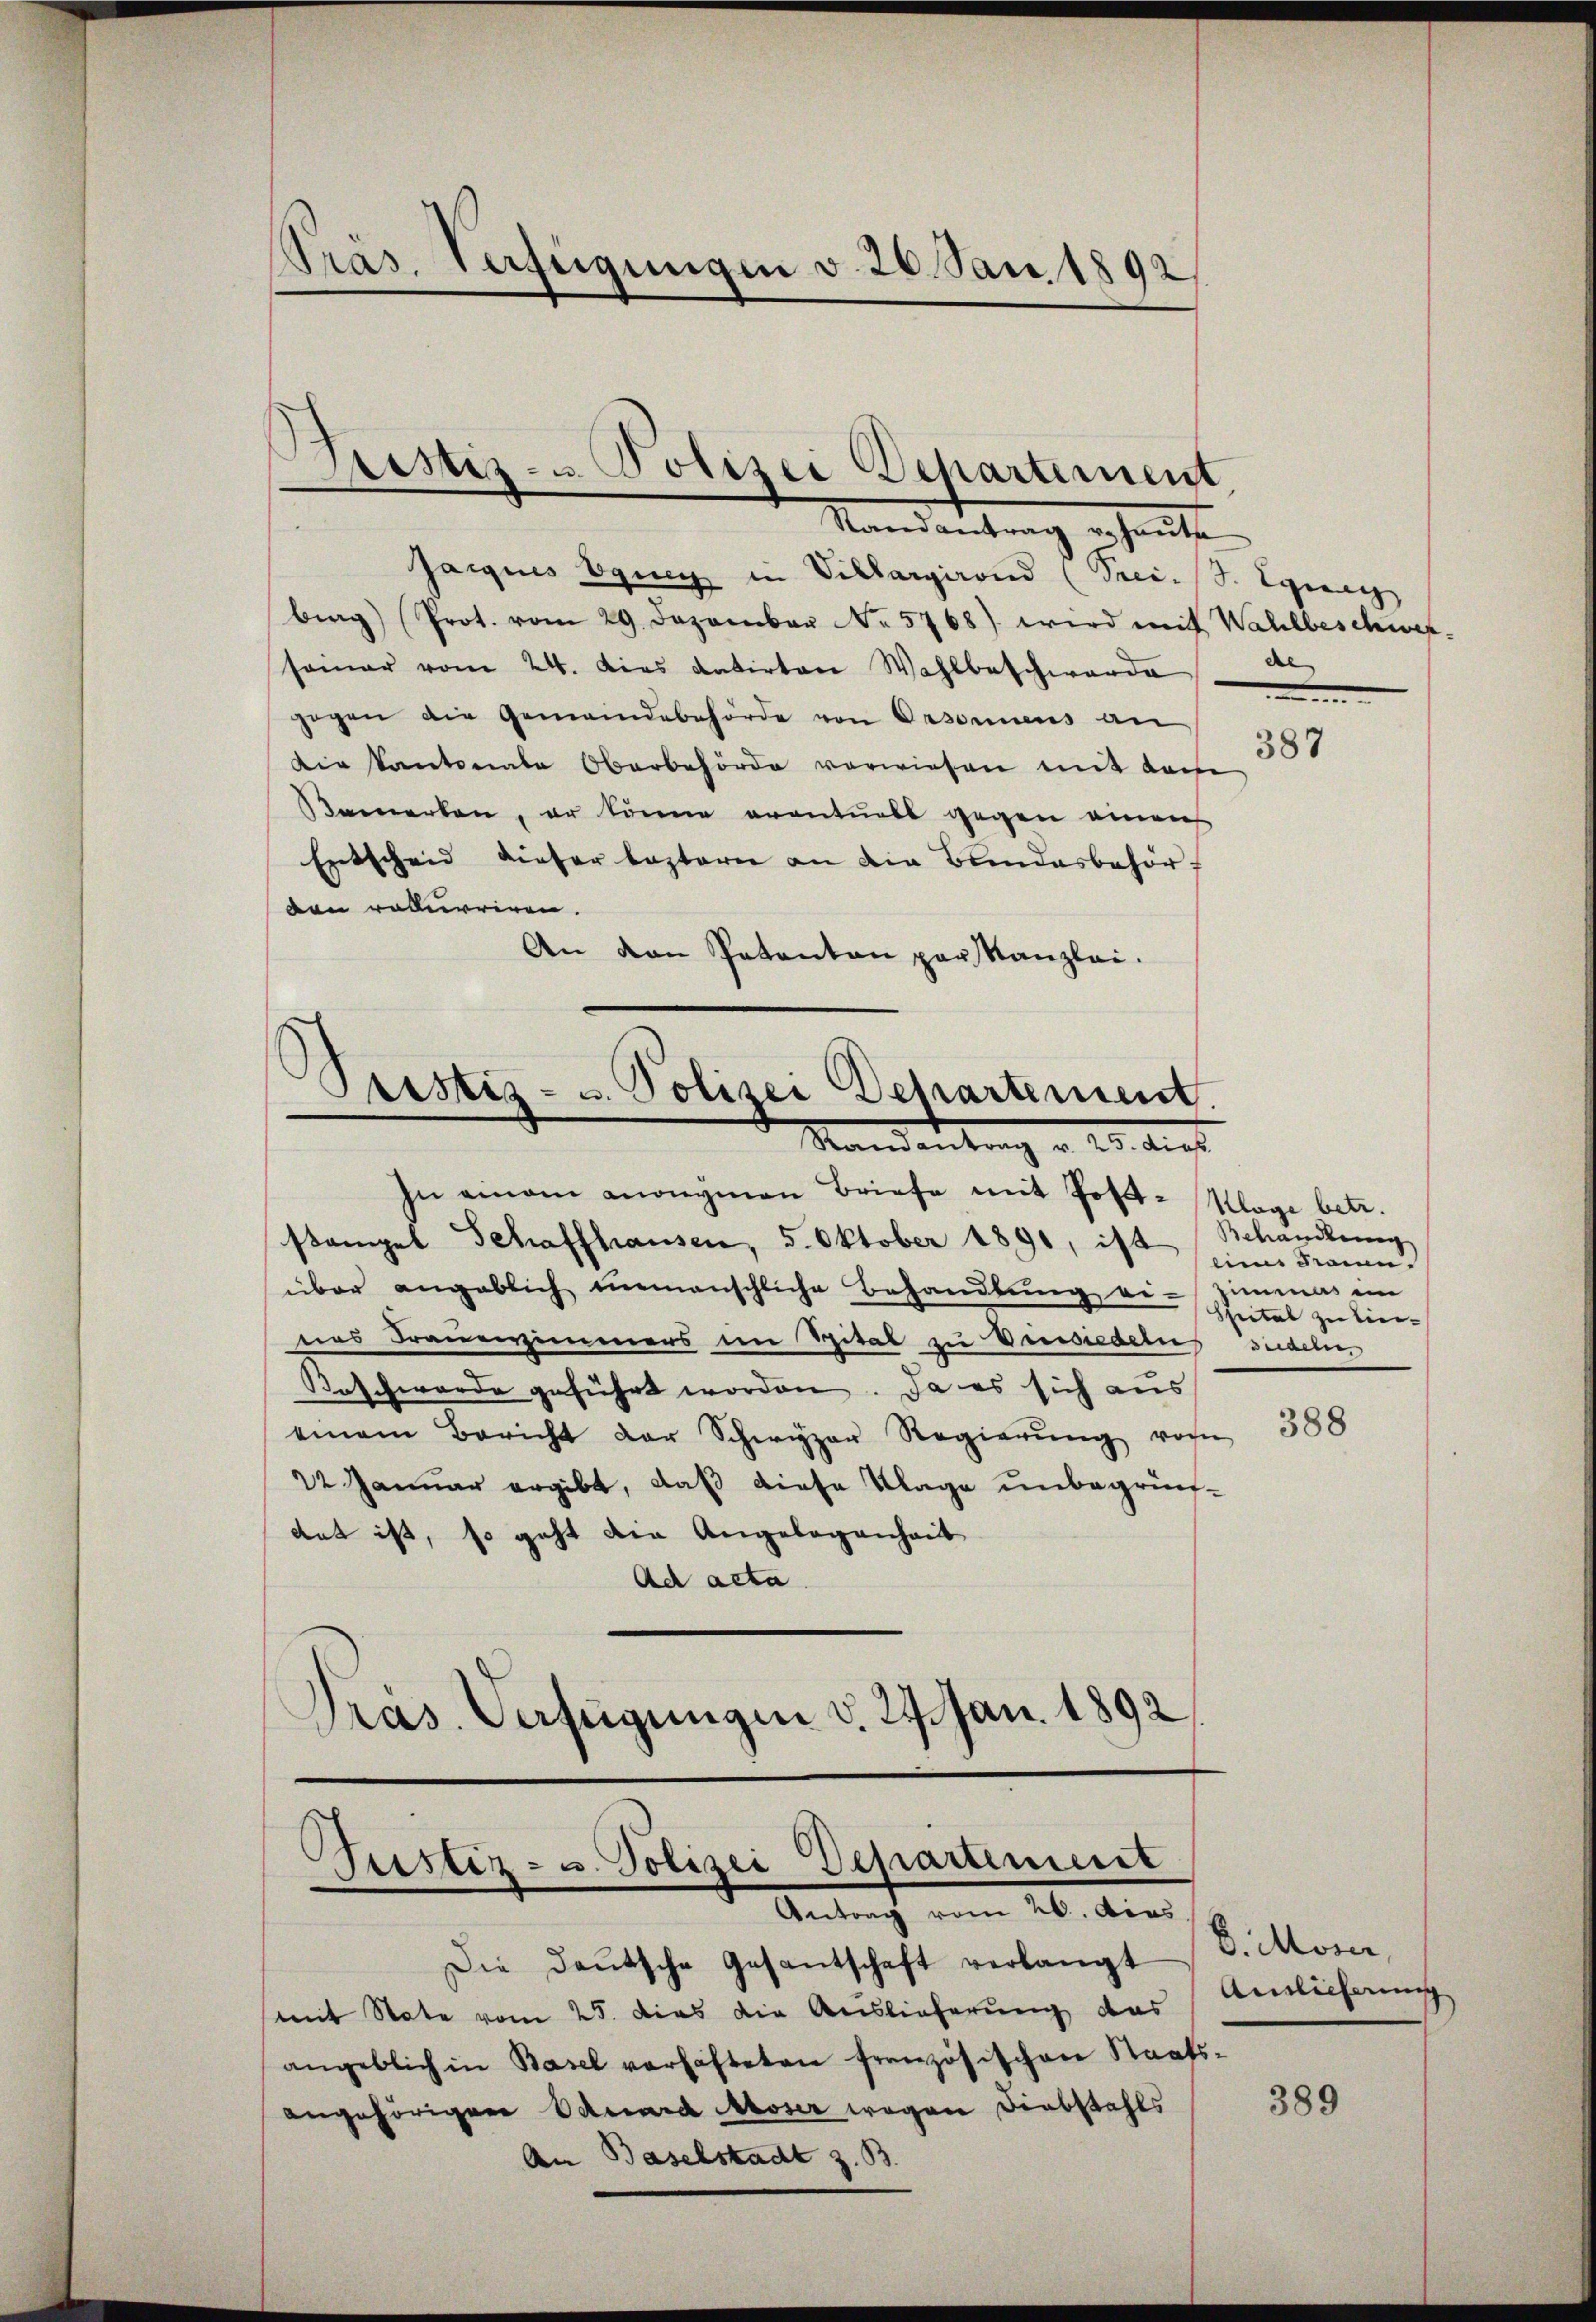
Präs. Verfügungen v. 26. Jan. 1892

.
Ristiz- u. Polizei Departement
Randantrag vehaute

Jacquis queg in Villargirend (Srei. S. Egieng
berg) Prot. vom 29. Dezember No. 5768) wird mit Wahlbeschwerseiner vom 24. Dies datirten Wahlbeschwerde
gegen die Gemeindebehörde von Orsonnens an
Die Kantonale Oberbehörde verwiesen mit den 300
Bemerken, er könne eventuels gegen einem
Entscheid dieser leztern an die Bandesbehört
den rekurriren.
An den Petenten par Kanzlei.

.
Justiz- u. Polizei Dehartement
Mandantrag v. 20. dies
In einem anonymen Briefe mit Post-Klage betr.

stampel Schaffhausen, 5. Oktober 1890, ist Schandlung
über angeblich unmenschliche Behandlung ei-Zimmes in
nas Frauenzimmers im Spital zu Vinsiedelns siedeln,
Beschwerde geführt worden. Da es sich aus
einem Bericht der Schwyzer Regierŭng vom 388
22 Januar ergibt, daß diese Klage unbegründet ist, so geht die Angelegenheit
Ad acta.
Präs. Verfügungen v. 27. Jan. 1892

Justiz- u. Polizei Departement
Antrag vom 26. dies

Die Deutsche Gesantschaft verlangt
mit State vom 25. dies die Auslieferung das
angeblich in Basel verhafteten französischen Staats-
angehörigen Eduard Moser wegen Diebstahls
An Baselstadt z. B.

eines Frauen
Sfeital zu lie¬

del
.

8. Moser,
Ainlicherung

389